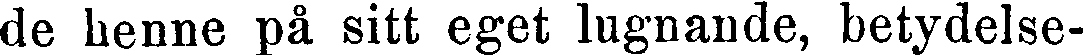
de henne på sitt eget lugnande, betydelse-